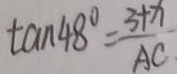
\tan 4 8 ^ { \circ } = \frac { 3 + x } { A C }